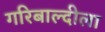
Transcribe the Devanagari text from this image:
गरिबाल्दीला